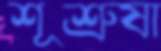
শূশ্রুষা